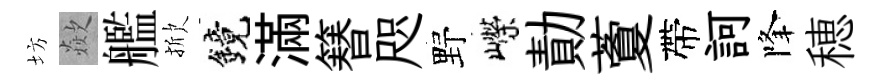
坊歘艦掀鏡滿簮咫野嶸勣藑帶訶降穂